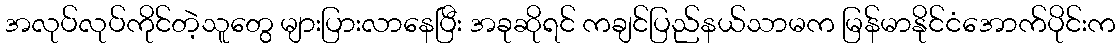
အလုပ်လုပ်ကိုင်တဲ့သူတွေ များပြားလာနေပြီး အခုဆိုရင် ကချင်ပြည်နယ်သာမက မြန်မာနိုင်ငံအောက်ပိုင်းက